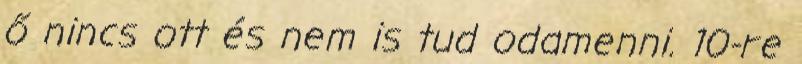
ő nincs ott és nem is tud odamenni. 10-re